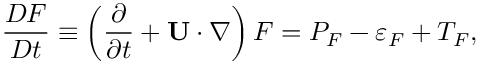
\frac { D { \cal { F } } } { D t } \equiv \left( { \frac { \partial } { \partial t } + { \bf { U } } \cdot \nabla } \right) { \cal { F } } = P _ { \cal { F } } - \varepsilon _ { \cal { F } } + T _ { \cal { F } } ,